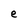
Character: e